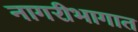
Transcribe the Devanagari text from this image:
नागरीभागात